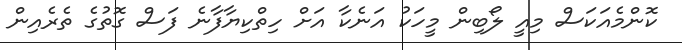
ކޮންމެއަކަސް މިއީ ލޯބިން މީހަކު އަނެކާ އަށް ހިތްކިޔާފާނެ ފަސް ގޮތުގެ ތެރެއިން